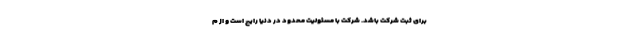
برای ثبت شرکت باشد. شرکت با مسئولیت محدود در دنیا رایج است و از م